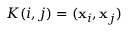
K ( i , j ) = ( { \bf x } _ { i } , { \bf x } _ { j } )